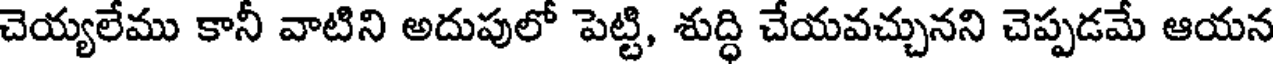
చెయ్యలేము కానీ వాటిని అదుపులో పెట్టి, శుద్ధి చేయవచ్చునని చెప్పడమే ఆయన